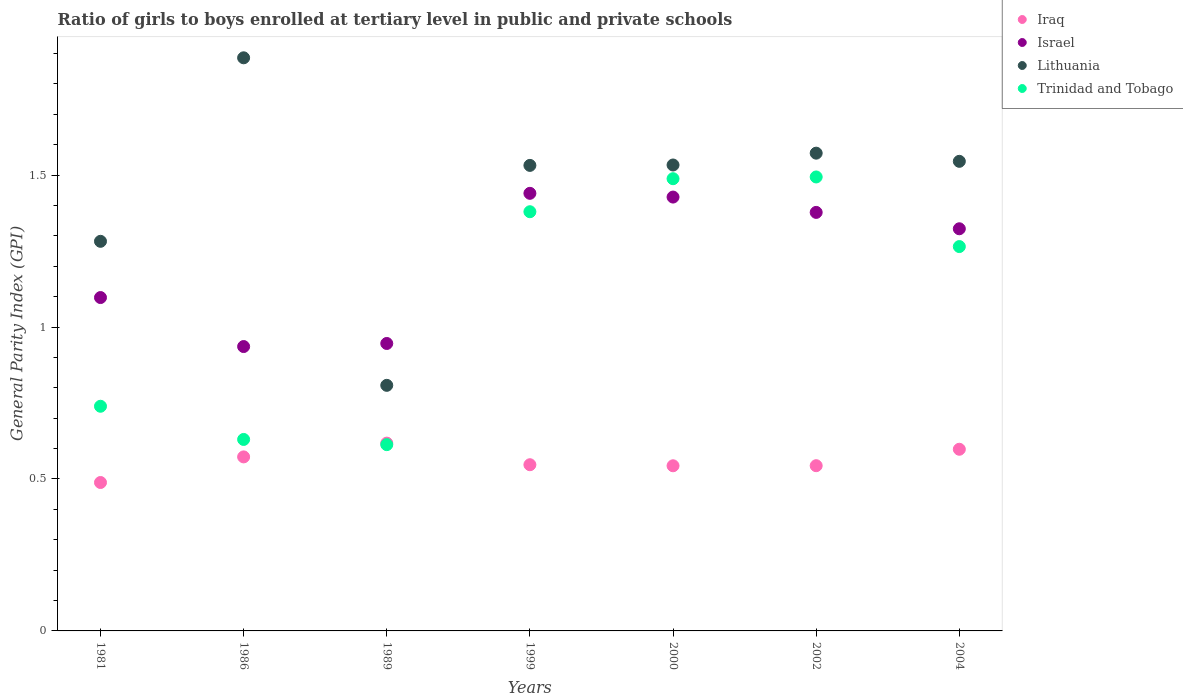
| Years | Iraq | Israel | Lithuania | Trinidad and Tobago |
 | --- | --- | --- | --- | --- |
 | 1981 | 0.488 | 1.1 | 1.28 | 0.739 |
 | 1986 | 0.573 | 0.936 | 1.89 | 0.63 |
 | 1989 | 0.618 | 0.946 | 0.808 | 0.613 |
 | 1999 | 0.547 | 1.44 | 1.53 | 1.38 |
 | 2000 | 0.543 | 1.43 | 1.53 | 1.49 |
 | 2002 | 0.544 | 1.38 | 1.57 | 1.49 |
 | 2004 | 0.598 | 1.32 | 1.55 | 1.26 |